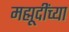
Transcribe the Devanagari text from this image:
मह्मूदींच्या